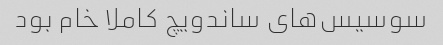
سوسیس‌های ساندویچ کاملا خام بود